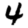
Digit: 4